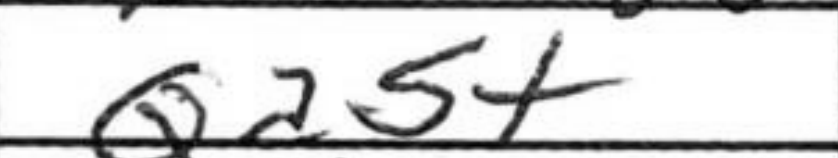
Transcription: Qa5+